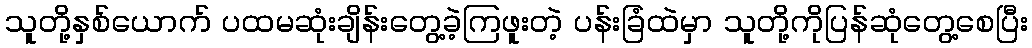
သူတို့နှစ်ယောက် ပထမဆုံးချိန်းတွေ့ခဲ့ကြဖူးတဲ့ ပန်းခြံထဲမှာ သူတို့ကိုပြန်ဆုံတွေ့စေပြီး